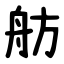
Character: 舫